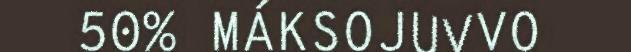
50% MÁKSOJUVVO